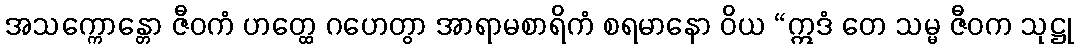
အသက္ကောန္တော ဇီဝကံ ဟတ္ထေ ဂဟေတွာ အာရာမစာရိကံ စရမာနော ဝိယ “ဣဒံ တေ သမ္မ ဇီဝက သုဋ္ဌု